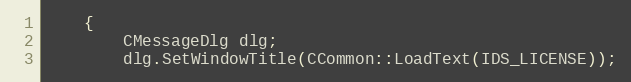
Language: C++
    {
        CMessageDlg dlg;
        dlg.SetWindowTitle(CCommon::LoadText(IDS_LICENSE));